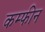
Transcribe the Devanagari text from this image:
कम्फीन